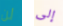
لن إلى